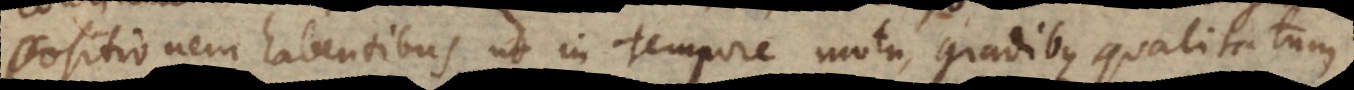
positionem habentibus, ut in tempore, motu, gradibus qualitatum.